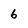
Character: 6